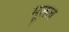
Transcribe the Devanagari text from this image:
मूलत्व